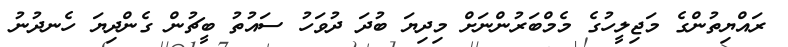
ރައްޔިތުންގެ މަޖިލީހުގެ މެމްބަރުންނަށް މިދިޔަ ބުދަ ދުވަހު ސައުތު ބީޗުން ގެންދިޔަ ހެނދުނު